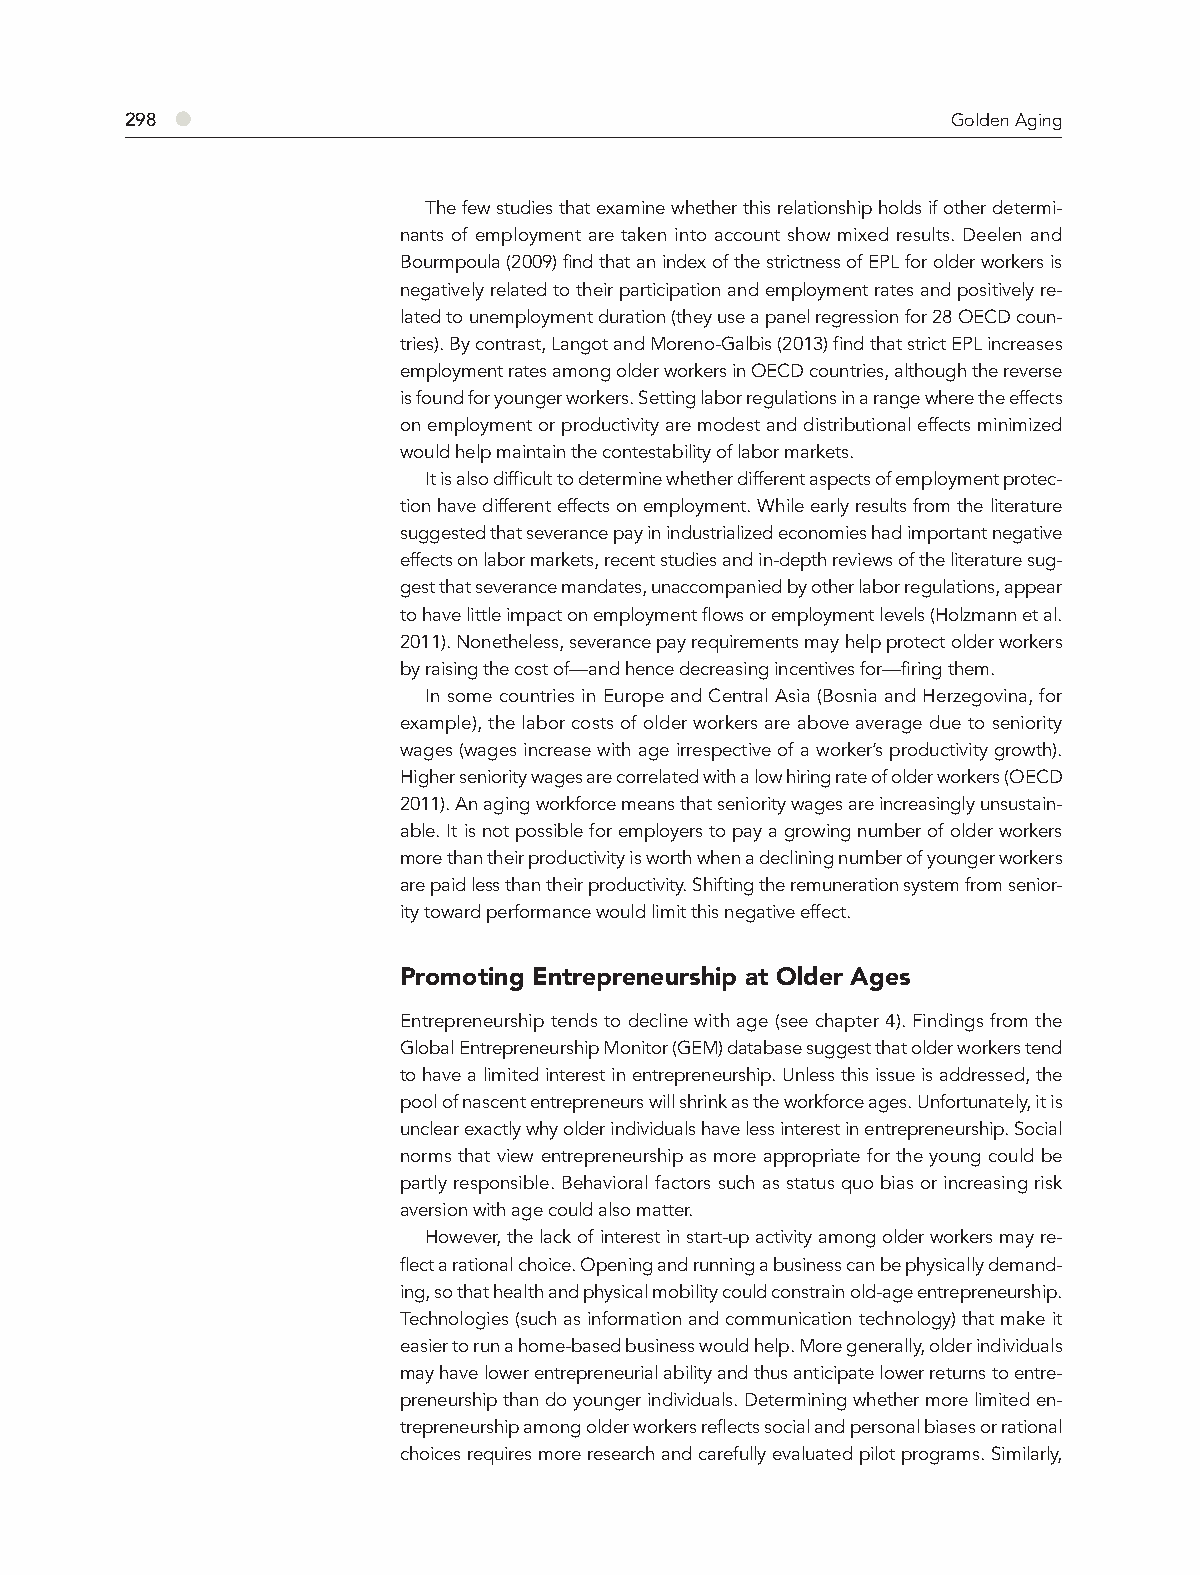
298 ●                                                  Golden Aging
 The few studies that examine whether this relationship holds if other determi-
 nants of employment are taken into account show mixed results. Deelen and
 Bourmpoula (2009) find that an index of the strictness of EPL for older workers is
 negatively related to their participation and employment rates and positively re-
 lated to unemployment duration (they use a panel regression for 28 OECD coun-
 tries). By contrast, Langot and Moreno-Galbis (2013) find that strict EPL increases
 employment rates among older workers in OECD countries, although the reverse
 is found for younger workers. Setting labor regulations in a range where the effects
 on employment or productivity are modest and distributional effects minimized
 would help maintain the contestability of labor markets.
 It is also difficult to determine whether different aspects of employment protec-
 tion have different effects on employment. While early results from the literature
 suggested that severance pay in industrialized economies had important negative
 effects on labor markets, recent studies and in-depth reviews of the literature sug-
 gest that severance mandates, unaccompanied by other labor regulations, appear
 to have little impact on employment flows or employment levels (Holzmann et al.
 2011). Nonetheless, severance pay requirements may help protect older workers
 by raising the cost of—and hence decreasing incentives for—firing them.
 In some countries in Europe and Central Asia (Bosnia and Herzegovina, for
 example), the labor costs of older workers are above average due to seniority
 wages (wages increase with age irrespective of a worker’s productivity growth).
 Higher seniority wages are correlated with a low hiring rate of older workers (OECD
 2011). An aging workforce means that seniority wages are increasingly unsustain-
 able. It is not possible for employers to pay a growing number of older workers
 more than their productivity is worth when a declining number of younger workers
 are paid less than their productivity. Shifting the remuneration system from senior-
 ity toward performance would limit this negative effect.
 Promoting Entrepreneurship at Older Ages
 Entrepreneurship tends to decline with age (see chapter 4). Findings from the
 Global Entrepreneurship Monitor (GEM) database suggest that older workers tend
 to have a limited interest in entrepreneurship. Unless this issue is addressed, the
 pool of nascent entrepreneurs will shrink as the workforce ages. Unfortunately, it is
 unclear exactly why older individuals have less interest in entrepreneurship. Social
 norms that view entrepreneurship as more appropriate for the young could be
 partly responsible. Behavioral factors such as status quo bias or increasing risk
 aversion with age could also matter.
 However, the lack of interest in start-up activity among older workers may re-
 flect a rational choice. Opening and running a business can be physically demand-
 ing, so that health and physical mobility could constrain old-age entrepreneurship.
 Technologies (such as information and communication technology) that make it
 easier to run a home-based business would help. More generally, older individuals
 may have lower entrepreneurial ability and thus anticipate lower returns to entre-
 preneurship than do younger individuals. Determining whether more limited en-
 trepreneurship among older workers reflects social and personal biases or rational
 choices requires more research and carefully evaluated pilot programs. Similarly,